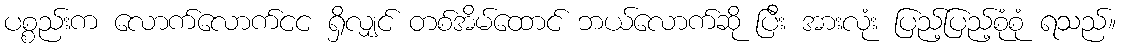
ပစ္စည်းက လောက်လောက်ငင ရှိလျှင် တစ်အိမ်ထောင် ဘယ်လောက်ဆို ပြီး အားလုံး ပြည့်ပြည့်စုံစုံ ရသည်။